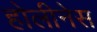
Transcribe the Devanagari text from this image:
होलीनेस